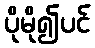
ပိုမို၍ပင်